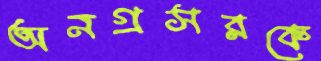
অনগ্রসরকে